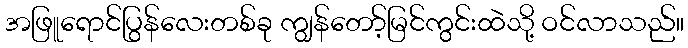
အဖြူရောင်ပြွန်လေးတစ်ခု ကျွန်တော့်မြင်ကွင်းထဲသို့ ဝင်လာသည်။